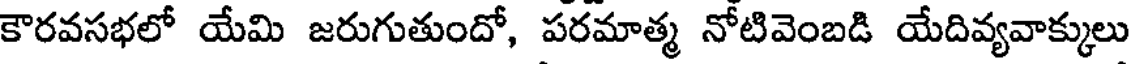
కౌరవసభలో యేమి జరుగుతుందో, పరమాత్మ నోటివెంబడి యేదివ్యవాక్కులు